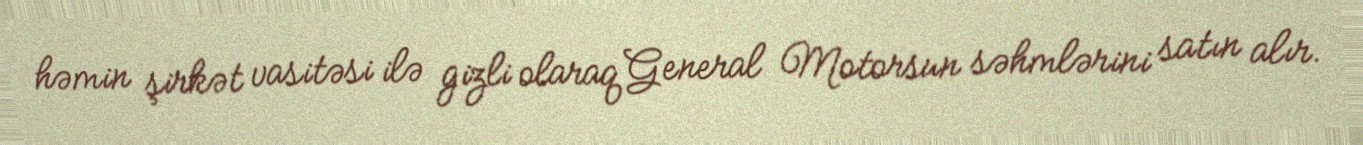
həmin şirkət vasitəsi ilə gizli olaraq General Motorsun səhmlərini satın alır.